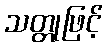
သတ္တုဖြင့်